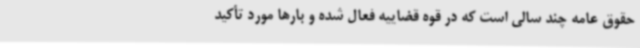
حقوق عامه چند سالی است که در قوه قضاییه فعال شده و بارها مورد تأکید